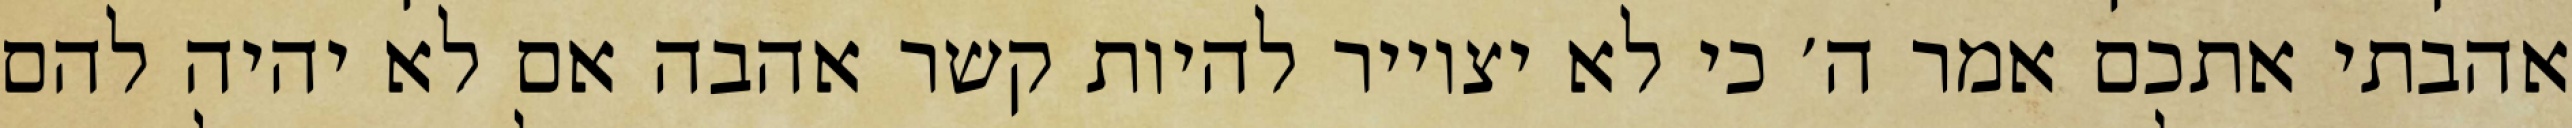
אהבתי אתכם אמר ה׳ כי לא יצוייר להיות קשר אהבה אם לא יהיה להם